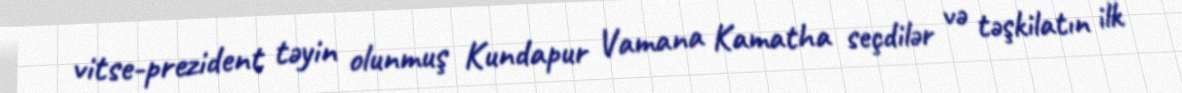
vitse-prezident təyin olunmuş Kundapur Vamana Kamatha seçdilər və təşkilatın ilk